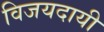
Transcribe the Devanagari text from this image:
विजयदायी